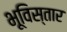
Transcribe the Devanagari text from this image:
भूविस्तार